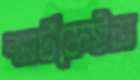
স্মার্টফেইস